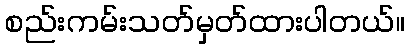
စည်းကမ်းသတ်မှတ်ထားပါတယ်။